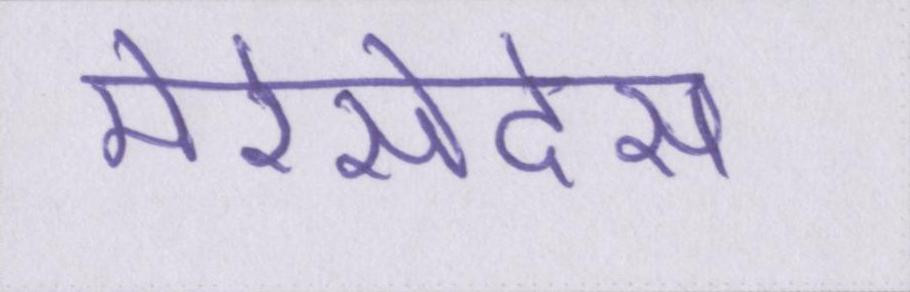
मेरेसेदेस